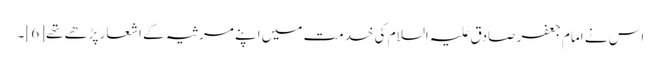
اس نے امام جعفر صادق علیہ السلام کی خدمت میں اپنے مرثیہ کے اشعار پڑھے تھے[6] ۔